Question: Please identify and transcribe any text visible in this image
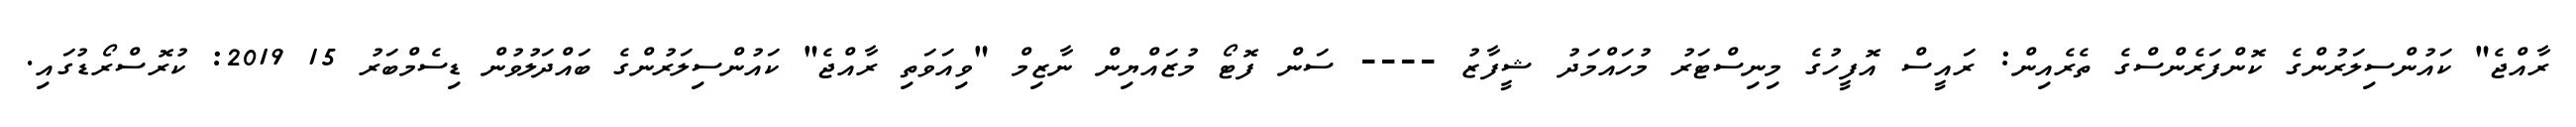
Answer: ރާއްޖެ" ކައުންސިލަރުންގެ ކޮންފަރެންސްގެ ތެރެއިން: ރައީސް އޮފީހުގެ މިނިސްޓަރު މުހައްމަދު ޝީފާޒު ---- ސަން ފޮޓޯ މުޒައްޔިން ނާޒިމް "ވިއަވަތި ރާއްޖެ" ކައުންސިލަރުންގެ ބައްދަލުވުން ޑިސެމްބަރު 15 2019: ކުރޮސްރޯޑުގައި.